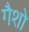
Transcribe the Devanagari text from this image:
गैशो